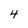
Character: 4